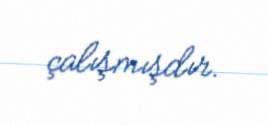
çalışmışdır.